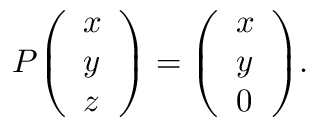
P { \left( \begin{array} { l } { x } \\ { y } \\ { z } \end{array} \right) } = { \left( \begin{array} { l } { x } \\ { y } \\ { 0 } \end{array} \right) } .